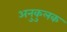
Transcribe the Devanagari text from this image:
अनुकुलक